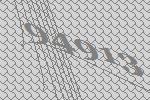
94913